Indian journal of veterinary science and animal husbandry - Volumes 15-17, 1948-1951
Year: 1948
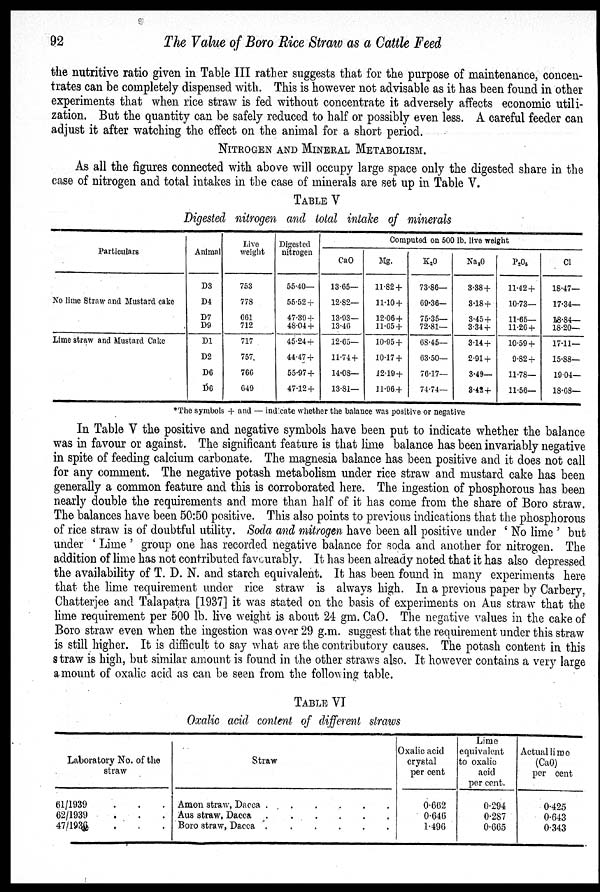
92
The Value of Boro Rice Straw as a Cattle Feed
the nutritive ratio given in Table III rather suggests that for the purpose of maintenance, concen-
trates can be completely dispensed with. This is however not advisable as it has been found in other
experiments that when rice straw is fed without concentrate it adversely affects economic utili-
zation. But the quantity can be safely reduced to half or possibly even less. A careful feeder can
adjust it after watching the effect on the animal for a short period.
NITROGEN AND MINERAL METABOLISM.
As all the figures connected with above will occupy large space only the digested share in the
case of nitrogen and total intakes in the case of minerals are set up in Table V.
TABLE V
Digested nitrogen and total intake of minerals
Particulars
No lime Straw and Mustard cake
Lime straw and Mustard Cake
Animal
D3
D4
D7
D9
D1
D2
D6
D6
Live
weight
753
778
661
712
717
757
766
649
Digested
nitrogen
55.40—
55.52 +
47.39 +
48.04 +
45.24 +
44.47 +
55.97 +
47.12 +
Computed on 500 lb. live weight
CaO
13.65—
12.82—
13.93—
13.46
12.65—
11.74 +
14.08—
13.81—
Mg.
11.82 +
11.10 +
12.06 +
11.65 +
10.95 +
10.17 +
12.19 +
11.96 +
K 2 O
73.86—
69.36-
75.35—
72.81—
68.45—
63.50—
76.17—
74.74—
Na 2 O
3.38 +
3.18+
3.45 +
3.34 +
3.14 +
2.91 +
3.49—
3.42+
P 2 O 5
11.42 +
10.73—
11.65—
11.26 +
10.59 +
9.82 +
11.78—
11.56—
Cl
18.47—
17.34—
18.84—
18.20—
17.11—
15.88—
19.04—
18.68—
*The symbols + and — indicate whether the balance was positive or negative
In Table V the positive and negative symbols have been put to indicate whether the balance
was in favour or against. The significant feature is that lime balance has been invariably negative
in spite of feeding calcium carbonate. The magnesia balance has been positive and it does not call
for any comment. The negative potash metabolism under rice straw and mustard cake has been
generally a common feature and this is corroborated here. The ingestion of phosphorous has been
nearly double the requirements and more than half of it has come from the share of Boro straw.
The balances have been 50:50 positive. This also points to previous indications that the phosphorous
of rice straw is of doubtful utility. Soda and mitrogen have been all positive under 'No lime' but
under 'Lime' group one has recorded negative balance for soda and another for nitrogen. The
addition of lime has not contributed favourably. It has been already noted that it has also depressed
the availability of T. D. N. and starch equivalent. It has been found in many experiments here
that the lime requirement under rice straw is always high. In a previous paper by Carbery,
Chatterjee and Talapatra [1937] it was stated on the basis of experiments on Aus straw that the
lime requirement per 500 lb. live weight is about 24 gm. CaO. The negative values in the cake of
Boro straw even when the ingestion was over 29 g.m. suggest that the requirement under this straw
is still higher. It is difficult to say what are the contributory causes. The potash content in this
straw is high, but similar amount is found in the other straws also. It however contains a very large
amount of oxalic acid as can be seen from the following table.
TABLE VI
Oxalic acid content of different straws
Laboratory No. of the
straw
61/1939 . . .
62/1939 . . .
47/1936 . . .
Straw
Amon straw, Dacca .
.
.
.
.
.
Aus straw, Dacca
.
.
.
.
.
.
Boro straw, Dacca .
.
.
.
.
.
Oxalic acid
crystal
per cent
0.662
0.646
1.496
Lime
equivalent
to oxalic
acid
per cent.
0.294
0.287
0.665
Actual lime
(CaO)
per cent
0.425
0.643
0.343